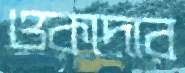
ওকাদার